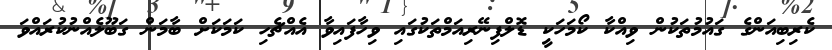
ކެރިބިއަންގެ ގައުމުތަކުން ވިއްކާ ކޯމަހަކީ ޑޮލްފިނޭރިއަމްތަކުގައި ވިހާފައިވާ އެއްޗެހި ކަމަކަށް ބާމަން ގަބޫލެއްނުކުރައްވަ